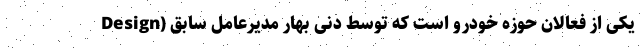
Design) یکی از فعالان حوزه خودرو است که توسط دنی بهار مدیرعامل سابق